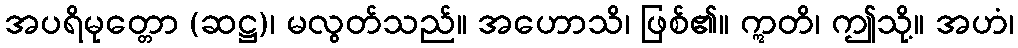
အပရိမုတ္တော (ဆဋ္ဌ)၊ မလွတ်သည်။ အဟောသိ၊ ဖြစ်၏။ ဣတိ၊ ဤသို့။ အဟံ၊